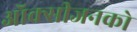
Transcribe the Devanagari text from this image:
ऑक्सीजनको